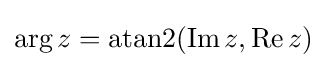
\operatorname {arg} z=\operatorname {atan2} (\operatorname {Im} z,\operatorname {Re} z)